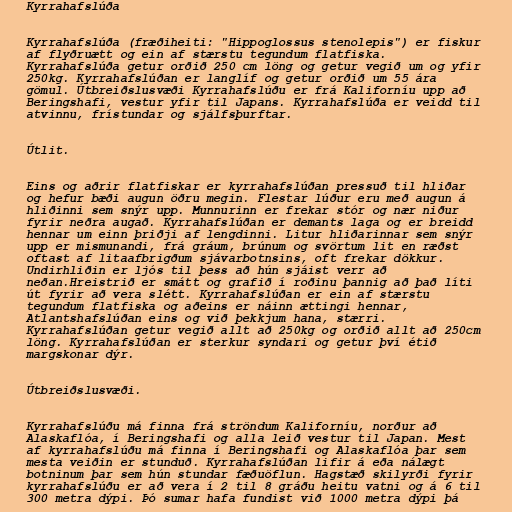
Kyrrahafslúða

Kyrrahafslúða (fræðiheiti: "Hippoglossus stenolepis") er fiskur
af flyðruætt og ein af stærstu tegundum flatfiska.
Kyrrahafslúða getur orðið 250 cm löng og getur vegið um og yfir
250kg. Kyrrahafslúðan er langlíf og getur orðið um 55 ára
gömul. Útbreiðslusvæði Kyrrahafslúðu er frá Kaliforníu upp að
Beringshafi, vestur yfir til Japans. Kyrrahafslúða er veidd til
atvinnu, frístundar og sjálfsþurftar.

Útlit.

Eins og aðrir flatfiskar er kyrrahafslúðan pressuð til hliðar
og hefur bæði augun öðru megin. Flestar lúður eru með augun á
hliðinni sem snýr upp. Munnurinn er frekar stór og nær niður
fyrir neðra augað. Kyrrahafslúðan er demants laga og er breidd
hennar um einn þriðji af lengdinni. Litur hliðarinnar sem snýr
upp er mismunandi, frá gráum, brúnum og svörtum lit en ræðst
oftast af litaafbrigðum sjávarbotnsins, oft frekar dökkur.
Undirhliðin er ljós til þess að hún sjáist verr að
neðan.Hreistrið er smátt og grafið í roðinu þannig að það líti
út fyrir að vera slétt. Kyrrahafslúðan er ein af stærstu
tegundum flatfiska og aðeins er náinn ættingi hennar,
Atlantshafslúðan eins og við þekkjum hana, stærri.
Kyrrahafslúðan getur vegið allt að 250kg og orðið allt að 250cm
löng. Kyrrahafslúðan er sterkur syndari og getur því étið
margskonar dýr.

Útbreiðslusvæði.

Kyrrahafslúðu má finna frá ströndum Kaliforníu, norður að
Alaskaflóa, í Beringshafi og alla leið vestur til Japan. Mest
af kyrrahafslúðu má finna í Beringshafi og Alaskaflóa þar sem
mesta veiðin er stunduð. Kyrrahafslúðan lifir á eða nálægt
botninum þar sem hún stundar fæðuöflun. Hagstæð skilyrði fyrir
kyrrahafslúðu er að vera í 2 til 8 gráðu heitu vatni og á 6 til
300 metra dýpi. Þó sumar hafa fundist við 1000 metra dýpi þá